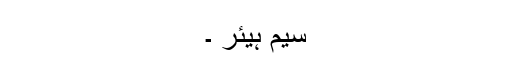
سیم ہیئر ۔